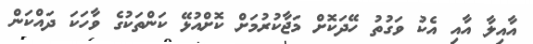
އާއިލާ އާއި އެކު ވަގުތު ހޭދަކޮށް މަޖާކުރުމަށް ކޮށްއުޅޭ ކަންތަކުގެ ވާހަކަ ދައްކަން